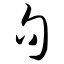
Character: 句